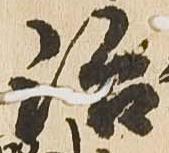
治